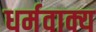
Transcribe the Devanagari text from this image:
धर्मवाक्य